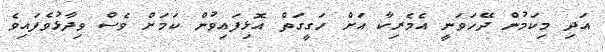
އަދި މިކަމުން ދޭހަވަނީ އެމެރިކާ އަށް ހަގީގަތް އޮޅިފައިވުން ކަމަށް ވެސް ވިދާޅުވެފައިވެ